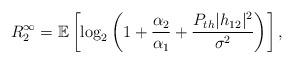
LaTeX: \begin{align*} R_2^{\infty} = \mathbb{E}\left[ \log_2\left(1 + \frac{\alpha_2}{\alpha_1} + \frac{P_{th}|h_{12}|^2}{\sigma^2} \right) \right],\end{align*}